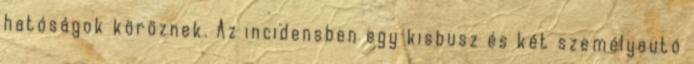
hatóságok köröznek. Az incidensben egy kisbusz és két személyautó